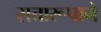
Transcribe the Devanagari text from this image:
सत्तारूपाने